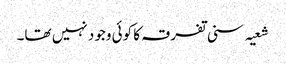
شعیہ سنی تفرقہ کا کوئی وجود نہیں تھا۔